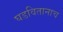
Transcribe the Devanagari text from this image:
घडवितानाच